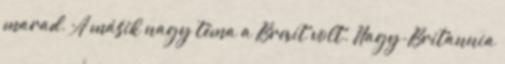
marad. A másik nagy téma a Brexit volt. Nagy-Britannia